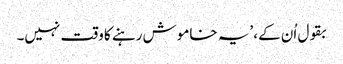
بقول اُن کے، ’یہ خاموش رہنے کا وقت نہیں۔